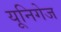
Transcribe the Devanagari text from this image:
यूनिगेज